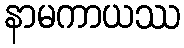
နာမကာယဿ